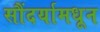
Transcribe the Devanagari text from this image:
सौंदर्यामधून